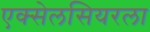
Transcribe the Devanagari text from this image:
एक्सेलसियरला